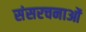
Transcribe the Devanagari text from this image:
संसरचनाओं